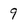
Character: 9